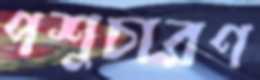
পশুচারণ